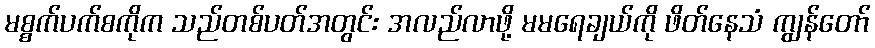
မစ္စက်ပက်စကိုက သည်တစ်ပတ်အတွင်း အလည်လာဖို့ မမရေချယ်ကို ဖိတ်နေသံ ကျွန်တော်